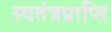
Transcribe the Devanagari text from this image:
स्वतंत्रप्राप्ति